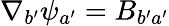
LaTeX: \nabla_{b^{\prime}}\psi_{a^{\prime}}=B_{b^{\prime}a^{\prime}}